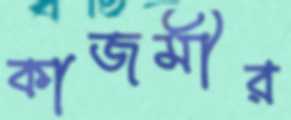
কাজমীর